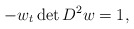
\begin{align*}-w_{t}\det D^{2}w=1,\end{align*}